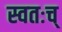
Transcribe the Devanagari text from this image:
स्वतःच्